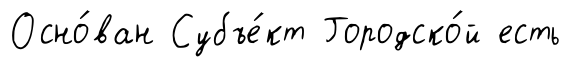
Осно́ван Субъе́кт Городско́й есть